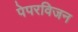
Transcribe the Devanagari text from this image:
पेपरविजन